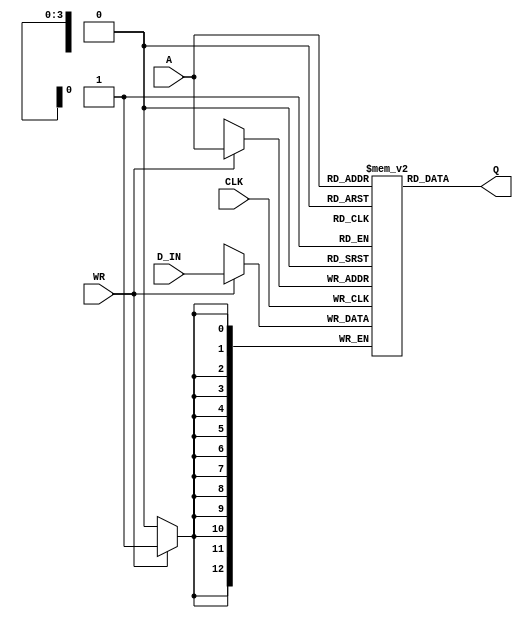
module Instruction_Memory(CLK,WR,A,D_IN,Q);
input CLK, WR;
input [3:0] A; // address
input [12:0] D_IN; // input instruction
output [12:0] Q; // output instruction

reg [12:0] SRAM [15:0];

initial begin
SRAM[0]  = 13'b1100000_10_01_11;   //BRZ R1 1011 , if(R1==0) jump to 1011
SRAM[1]  = 13'b0000010_11_11_00;   //ADD R3 R3 R0 , R3<-R3+R0
SRAM[2]  = 13'b0000110_01_01_01;   //DECREMENT R1 R1 , R1<-R1-1
SRAM[3]  = 13'b1110000_00_10_00;   //JUMP R2 , jump to R2
SRAM[5]  = 13'b1000010_00_00_00;   //ADDI R0 R0 00 , R0<-R0+0
SRAM[6]  = 13'b1000010_01_01_01;   //ADDI R1 R1 01 , R1<-R1+1
SRAM[7]  = 13'b0010000_00_00_00;   //LOAD R0 R0 , R0<-M[R0]
SRAM[8]  = 13'b0010000_01_01_00;   //LOAD R1 R1 , R1<-M[R1]
SRAM[9]  = 13'b1000010_10_10_00;   //ADDI R2 R2 00 , R2<-R2+0
SRAM[10] = 13'b1110000_00_10_00;   //JUMP R2 , jump to R2
SRAM[11] = 13'b0100000_00_10_11;  //STORE R2 R3 , M[R2]<-R3
end

// write your code for reading/writing
always @(posedge CLK)begin
    if(WR) SRAM[A]<=D_IN; 
  end
   
	assign Q=SRAM[A];

endmodule